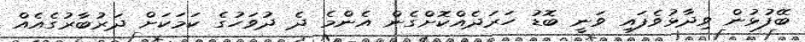
ބޭފުޅުން ވިދާޅުވެފައި ވަނީ ބޮޑު ހަރަދެއްކޮށްގެން އެންމެ ދެ ދުވަހުގެ ކަމަކަށް ދަރުބާރުގެއެއް